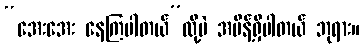
“အေးအေး နေကြပါတယ်”လို့ပဲ အမိန့်ရှိပါတယ် ဘုရား။